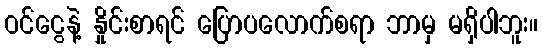
ဝင်ငွေနဲ့ နှိုင်းစာရင် ပြောပလောက်စရာ ဘာမှ မရှိပါဘူး။